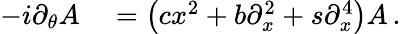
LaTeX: \begin{array}{rl}{-i\partial_{\theta}A}&{{}=\left(cx^{2}+b\partial_{x}^{2}+s\partial_{x}^{4}\right)A\, .}\end{array}